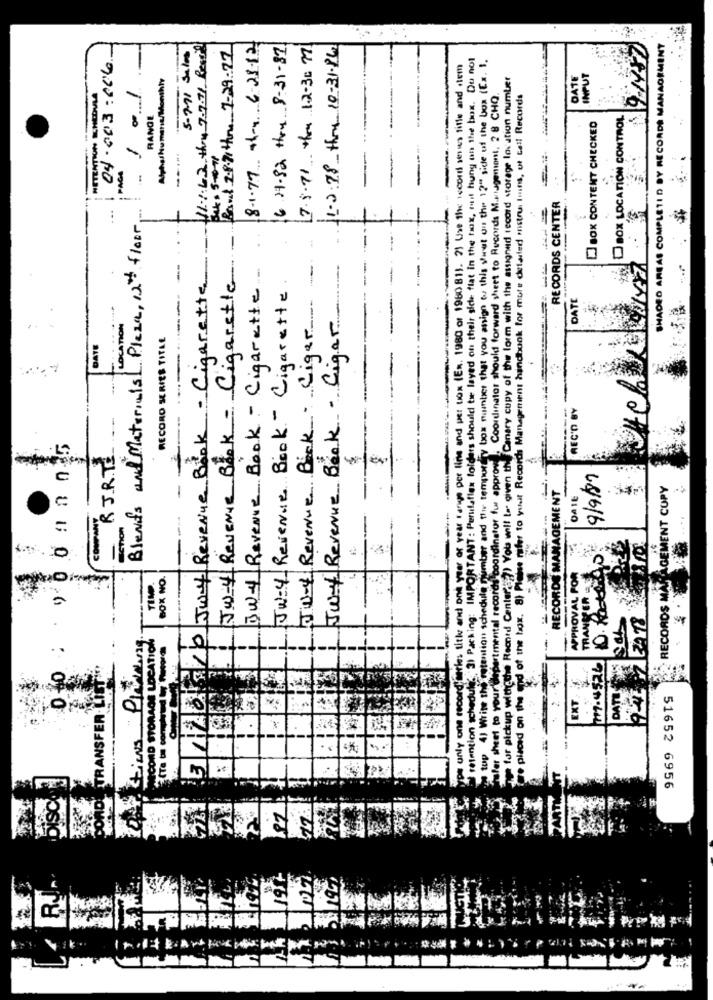
8-1.77 41-4 6-28-12
5-7-71 Sales
11.1.62 thru 7-7.71 Resse
Band 2.8.71 thr 7-29-27
16.27-82 thru 8-31-87
7.5.71 thru 12-30 77
11.2:28-thru 10-31-84
SHADED AREAS COMPLETI D BY RECORDS MANAGEMENT
PORTANT : Perulaflex folders should tie layed on their side flat in the tax, ruit hung on the box. Do not
box minber that you assign to this serut ou the 12" side of the box (Ex. 1.
04.003:666
and one year of year range per line and pet tox (Ex. 1980 or 1980 811. 2) Use the iscorti senses fille and stem
the Canary copy of the lorm with the assigned record storage location number
DATE
INPUT
OF 1
HETENTION SHEDVLA
Coordinator should forward sheet to Records M.sagenient, 28 CHQ.
Tense refer to yuhuit Recordh Management handbook for more detailed mnstrui Ions, of tell Records
RANGE
BOX LOCATION CONTROL
] BOX CONTENT CHECKED
--...
PAGA
-
RECORDS CENTER
Blends and Materials1 Plaza, 12th floor
Jw-4 Revenue Book - Cigarette
------ -
BW-4 Revenue Book - Cigarette
3 20 300 Jwy Revenue Book - Cigarette
JW-4- Revenue Book - Cigarette
Ju-4 Revenue Back . Liger
DATE
Juif Revenue Book - Cigar
RECORD SERIES TITLE
DATE
CEC'D BY
- 1
RJRTE
number and the tempoe
ords coordinator fur appro
9/9/89
c
"the Record Center?) You will la gin
RECORDS MANAGEMENT CUPY
RECORDS MANAGEMENT
DA16
-
=
0
APPROVAL POR
TEMP.
BOX NO.
retention sched
TRANGER
d of the box.
king:
apartmental
ICORD STORAGE LOCATION
titk
77.4576
EXT.
DATE
95
0
TRANSFER
e placed on
51652 6956